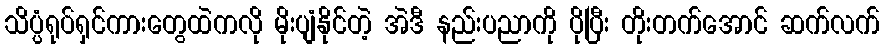
သိပ္ပံရုပ်ရှင်ကားတွေထဲကလို မိုးပျံနိုင်တဲ့ အဲဒီ နည်းပညာကို ပိုပြီး တိုးတက်အောင် ဆက်လက်